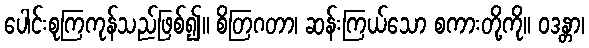
ပေါင်းစုကြကုန်သည်ဖြစ်၍။ စိတြဂတာ၊ ဆန်းကြယ်သော စကားတို့ကို။ ဝဒန္တာ၊